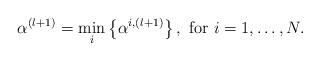
LaTeX: \begin{align*}\alpha^{(l+1)} = \underset{i}{\textrm{min}}\left\{\alpha^{i,(l+1)}\right\}, \textrm{ for } i = 1,\dots,N.\end{align*}